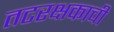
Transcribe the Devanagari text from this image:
तटरक्षकाची